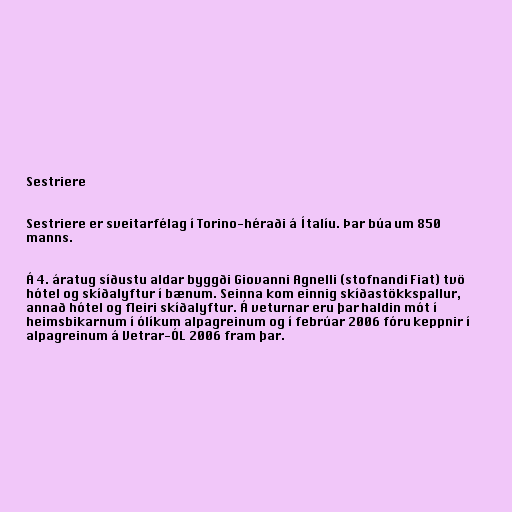
Sestriere

Sestriere er sveitarfélag í Torino-héraði á Ítalíu. Þar búa um 850
manns.

Á 4. áratug síðustu aldar byggði Giovanni Agnelli (stofnandi Fiat) tvö
hótel og skíðalyftur í bænum. Seinna kom einnig skíðastökkspallur,
annað hótel og fleiri skíðalyftur. Á veturnar eru þar haldin mót í
heimsbikarnum í ólíkum alpagreinum og í febrúar 2006 fóru keppnir í
alpagreinum á Vetrar-ÓL 2006 fram þar.